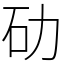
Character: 劯